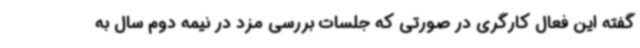
گفته این فعال کارگری در صورتی که جلسات بررسی مزد در نیمه دوم سال به